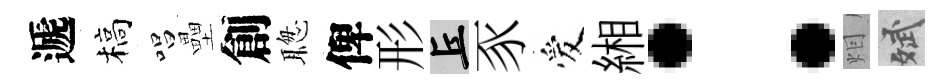
遞槁唱壘創聦俾形丘豕爱緗：𤇆斌